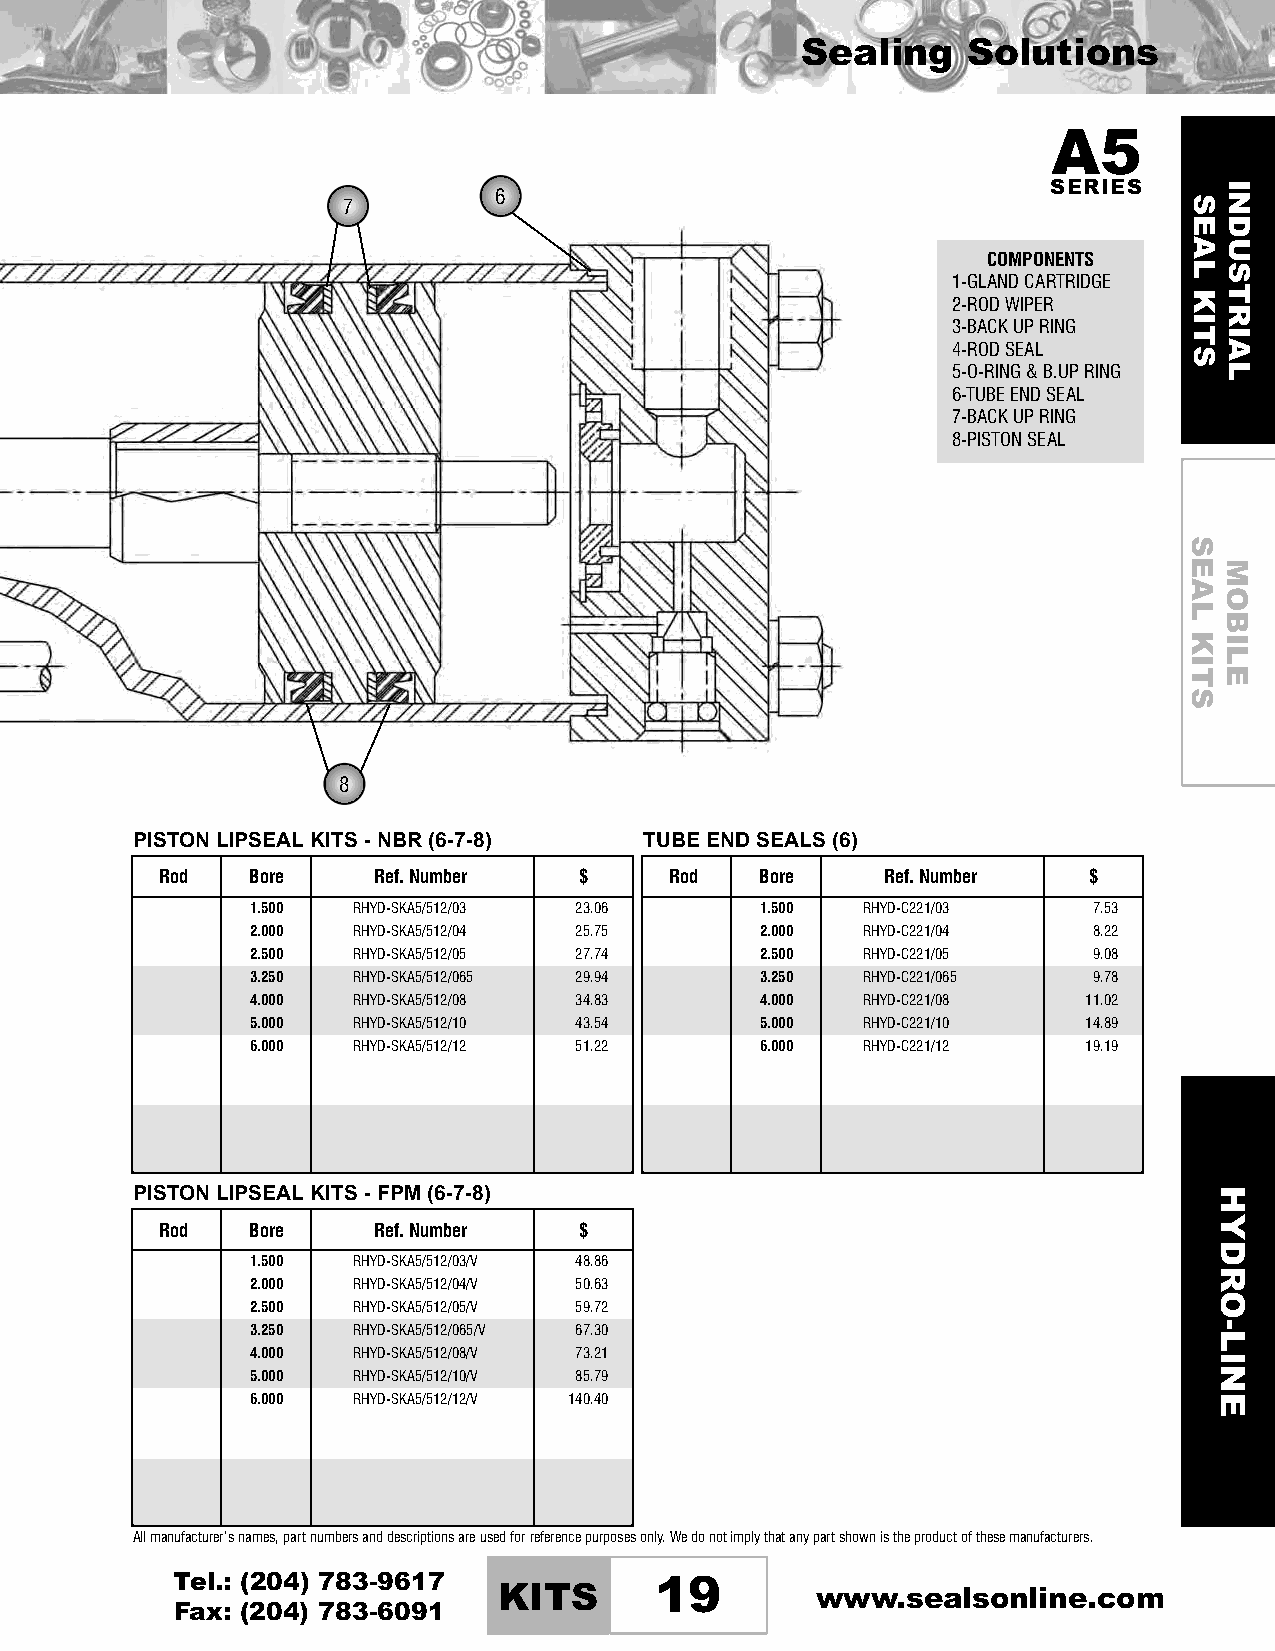
Sealing    Solutions
 A5
 6                                    SERIES
 7
 COMPONENTS
 1-GLANDCARTRIDGE
 2-RODWIPER
 3-BACKUPRING
 4-RODSEAL
 5-O-RING&B.UPRING
 6-TUBEENDSEAL
 7-BACKUPRING
 8-PISTONSEAL
 8
 PISTON LIPSEALKITS - NBR (6-7-8)  TUBE END SEALS (6)
 Rod   Bore    Ref.Number   $     Rod   Bore     Ref.Number   $
 1.500 RHYD-SKA5/512/03 23.06     1.500  RHYD-C221/03   7.53
 2.000 RHYD-SKA5/512/04 25.75     2.000  RHYD-C221/04   8.22
 2.500 RHYD-SKA5/512/05 27.74     2.500  RHYD-C221/05   9.08
 3.250 RHYD-SKA5/512/065 29.94    3.250  RHYD-C221/065  9.78
 4.000 RHYD-SKA5/512/08 34.83     4.000  RHYD-C221/08   11.02
 5.000 RHYD-SKA5/512/10 43.54     5.000  RHYD-C221/10   14.89
 6.000 RHYD-SKA5/512/12 51.22     6.000  RHYD-C221/12   19.19
 PISTON LIPSEALKITS - FPM (6-7-8)
 Rod   Bore    Ref.Number   $
 1.500 RHYD-SKA5/512/03/V 48.86
 2.000 RHYD-SKA5/512/04/V 50.63
 2.500 RHYD-SKA5/512/05/V 59.72
 3.250 RHYD-SKA5/512/065/V 67.30
 4.000 RHYD-SKA5/512/08/V 73.21
 5.000 RHYD-SKA5/512/10/V 85.79
 6.000 RHYD-SKA5/512/12/V 140.40
 Allmanufacturer’snames,partnumbersanddescriptionsareusedforreferencepurposesonly.Wedonotimplythatanypartshownistheproductofthesemanufacturers.
 Tel.: (204) 783-9617
 KITS      19         www.sealsonline.com
 Fax: (204) 783-6091
 SEAL
 KITS
 SEAL
 KITS
 HYDRO-LINE
 INDUSTRIAL
 MOBILE